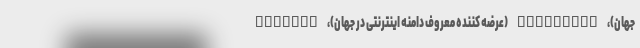
جهان)، Namecheap (عرضه کننده معروف دامنه اینترنتی در جهان)، Expedia